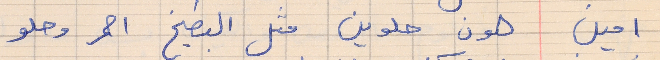
امين      هون حلوين متل البطيخ احمر وحلو